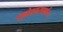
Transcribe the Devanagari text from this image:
यक्षेश्वराणां।।